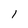
Character: 1